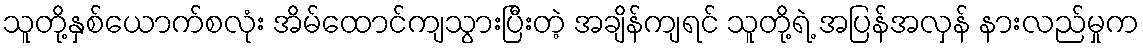
သူတို့နှစ်ယောက်စလုံး အိမ်ထောင်ကျသွားပြီးတဲ့ အချိန်ကျရင် သူတို့ရဲ့ အပြန်အလှန် နားလည်မှုက